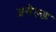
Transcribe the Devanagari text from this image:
ब्रमेल्ड